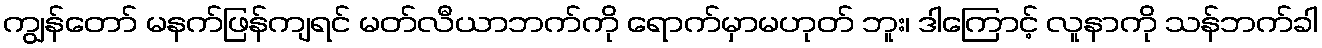
ကျွန်တော် မနက်ဖြန်ကျရင် မတ်လီယာဘက်ကို ရောက်မှာမဟုတ် ဘူး၊ ဒါကြောင့် လူနာကို သန်ဘက်ခါ